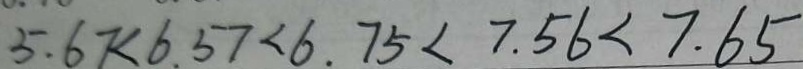
5 . 6 7 < 6 . 5 7 < 6 . 7 5 < 7 . 5 6 < 7 . 6 5